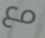
مع